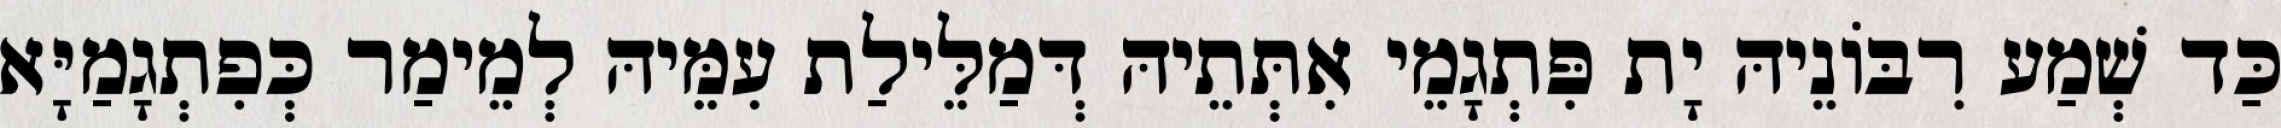
כַּד שְׁמַע רִבּוֹנֵיהּ יָת פִּתְגָמֵי אִתְּתֵיהּ דְּמַלֵּילַת עִמֵּיהּ לְמֵימַר כְּפִתְגָמַיָּא